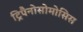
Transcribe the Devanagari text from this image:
ट्रिपैनोसोमोसिस